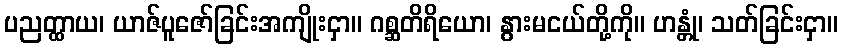
ပညတ္ထာယ၊ ယာဇ်ပူဇော်ခြင်းအကျိုးငှာ။ ဂစ္ဆတိရိယော၊ နွားမငယ်တို့ကို။ ဟန္တုံ၊ သတ်ခြင်းငှာ။